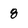
Character: 8